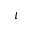
\iota